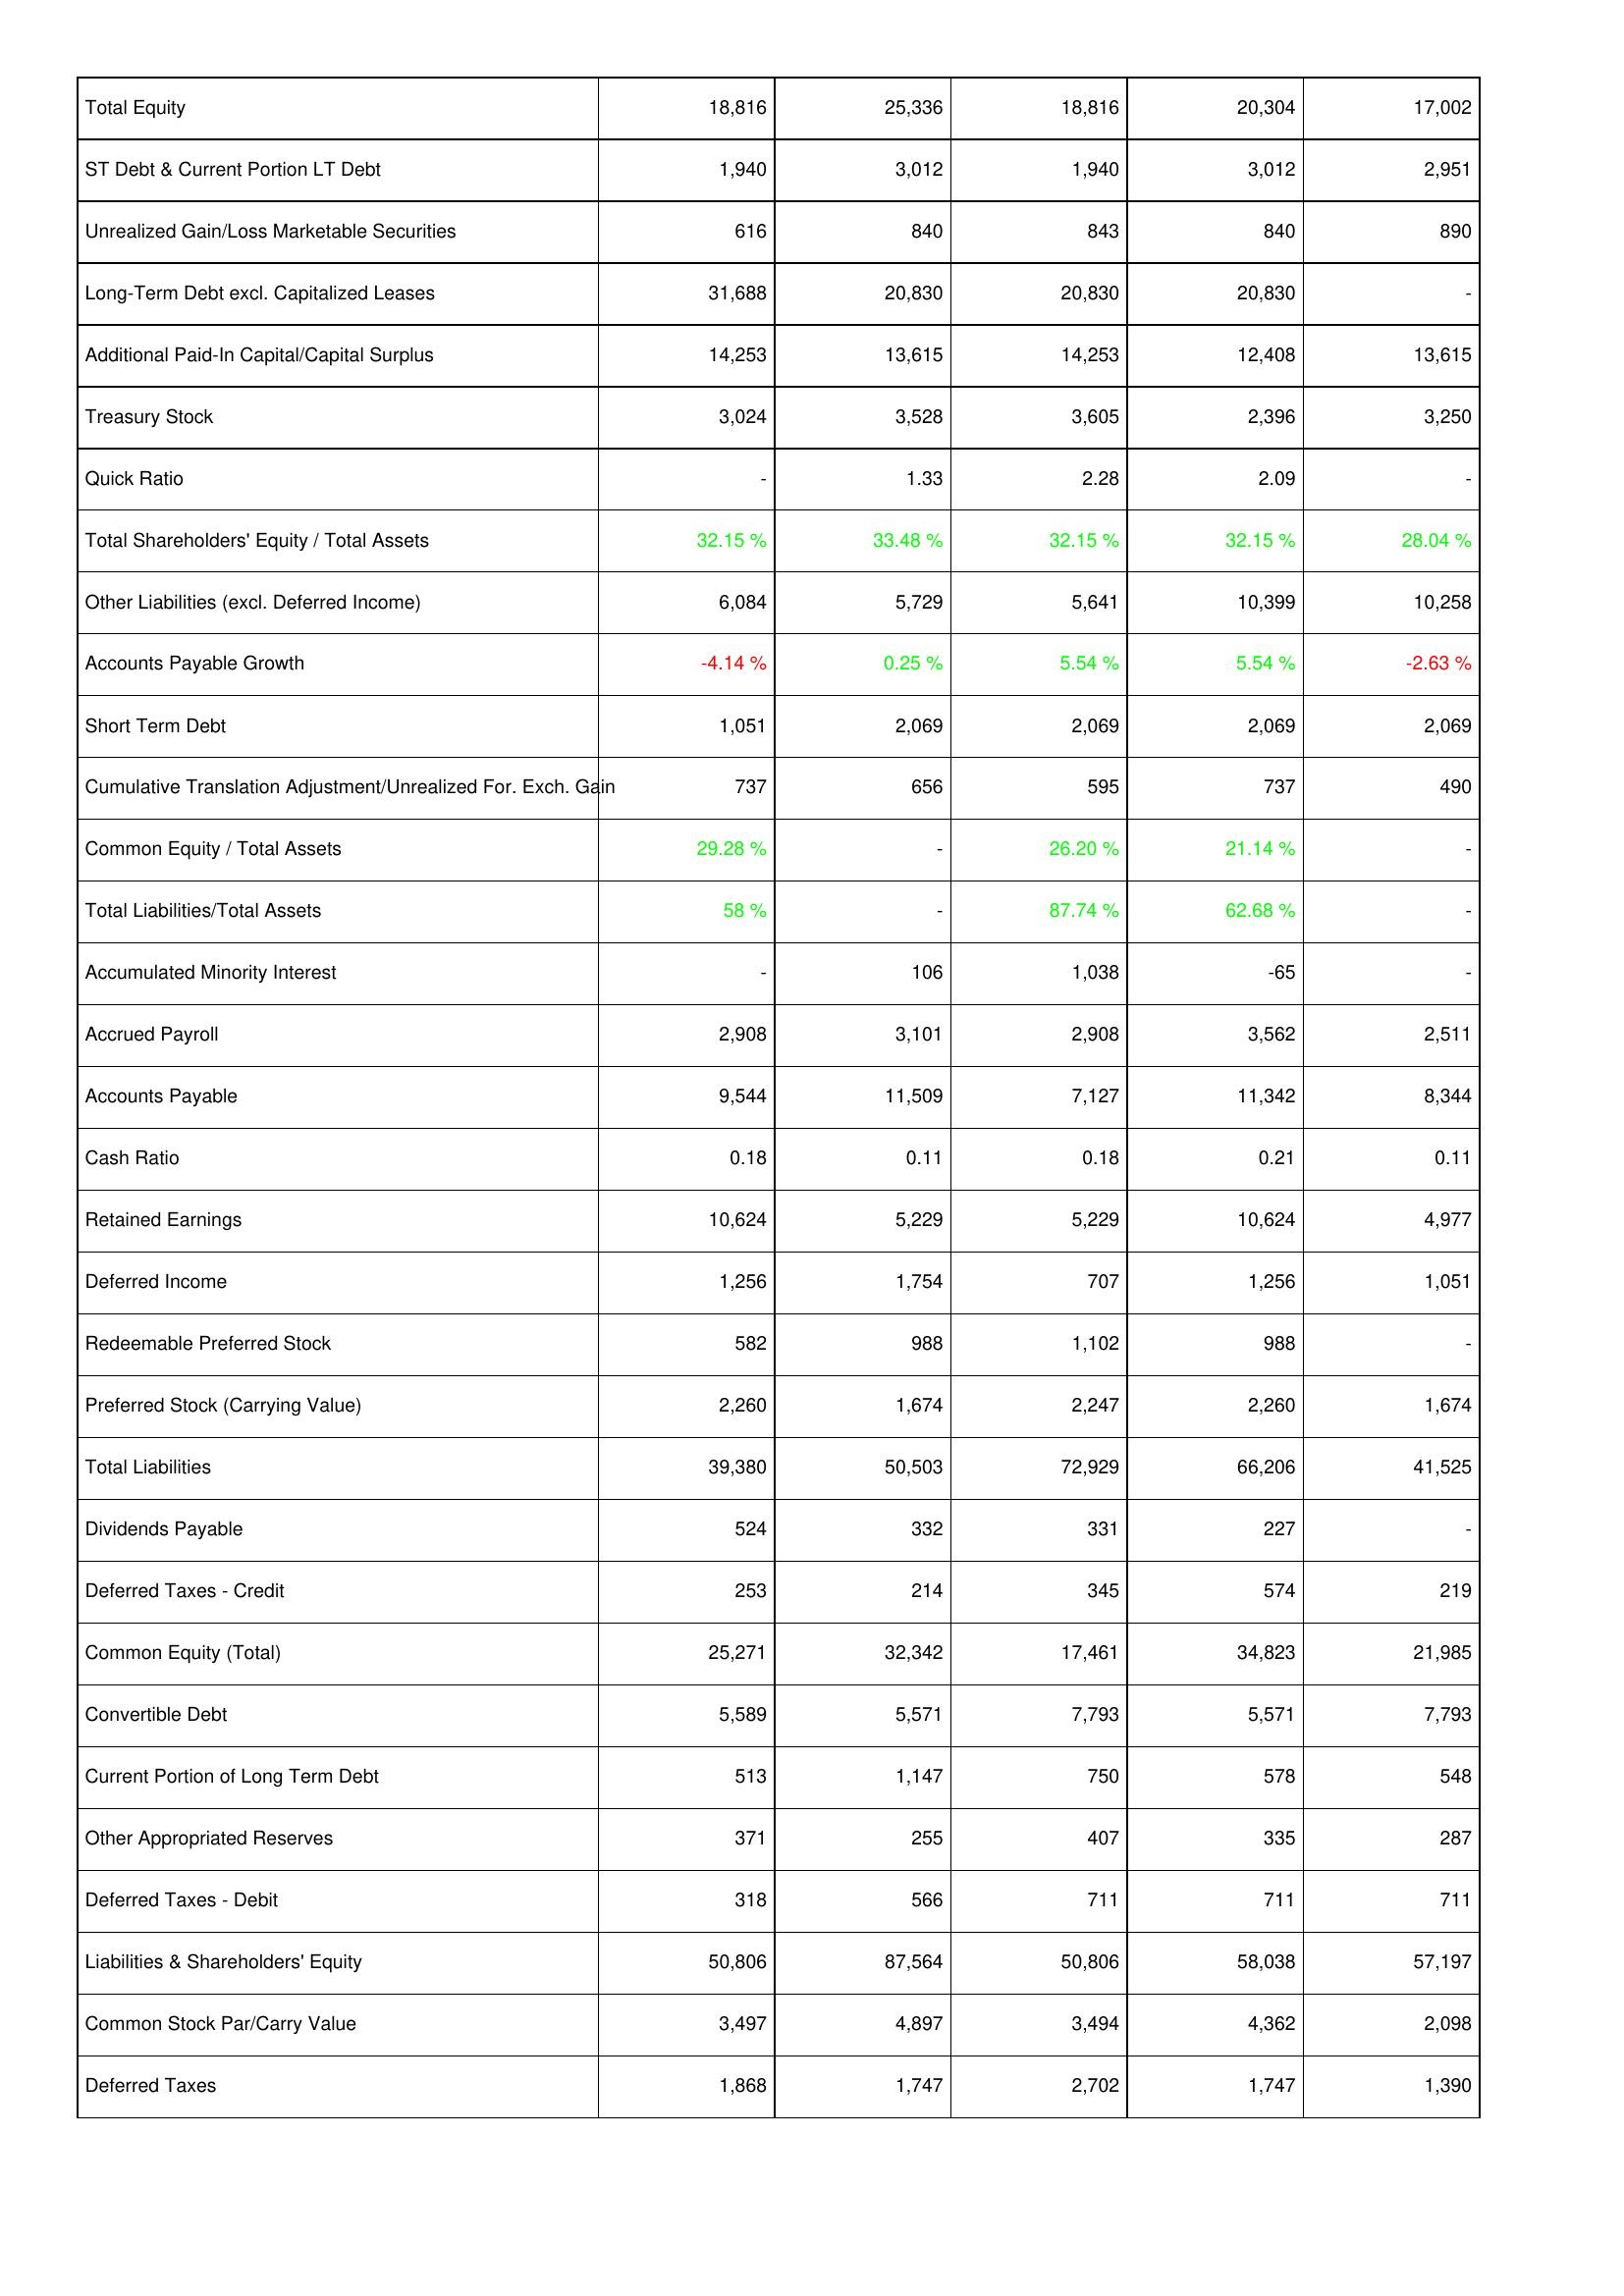
2010: Liabilities & Shareholders' Equity: Total Equity: 18,816
ST Debt & Current Portion LT Debt: 1,940
Unrealized Gain/Loss Marketable Securities: 616
Long-Term Debt excl. Capitalized Leases: 31,688
Additional Paid-In Capital/Capital Surplus: 14,253
Treasury Stock: 3,024
Quick Ratio: -
Total Shareholders' Equity / Total Assets: 32.15 %
Other Liabilities (excl. Deferred Income): 6,084
Accounts Payable Growth: -4.14 %
Short Term Debt: 1,051
Cumulative Translation Adjustment/Unrealized For. Exch. Gain: 737
Common Equity / Total Assets: 29.28 %
Total Liabilities/Total Assets: 58 %
Accumulated Minority Interest: -
Accrued Payroll: 2,908
Accounts Payable: 9,544
Cash Ratio: 0.18
Retained Earnings: 10,624
Deferred Income: 1,256
Redeemable Preferred Stock: 582
Preferred Stock (Carrying Value): 2,260
Total Liabilities: 39,380
Dividends Payable: 524
Deferred Taxes - Credit: 253
Common Equity (Total): 25,271
Convertible Debt: 5,589
Current Portion of Long Term Debt: 513
Other Appropriated Reserves: 371
Deferred Taxes - Debit: 318
Liabilities & Shareholders' Equity: 50,806
Common Stock Par/Carry Value: 3,497
Deferred Taxes: 1,868
2011: Liabilities & Shareholders' Equity: Total Equity: 25,336
ST Debt & Current Portion LT Debt: 3,012
Unrealized Gain/Loss Marketable Securities: 840
Long-Term Debt excl. Capitalized Leases: 20,830
Additional Paid-In Capital/Capital Surplus: 13,615
Treasury Stock: 3,528
Quick Ratio: 1.33
Total Shareholders' Equity / Total Assets: 33.48 %
Other Liabilities (excl. Deferred Income): 5,729
Accounts Payable Growth: 0.25 %
Short Term Debt: 2,069
Cumulative Translation Adjustment/Unrealized For. Exch. Gain: 656
Common Equity / Total Assets: -
Total Liabilities/Total Assets: -
Accumulated Minority Interest: 106
Accrued Payroll: 3,101
Accounts Payable: 11,509
Cash Ratio: 0.11
Retained Earnings: 5,229
Deferred Income: 1,754
Redeemable Preferred Stock: 988
Preferred Stock (Carrying Value): 1,674
Total Liabilities: 50,503
Dividends Payable: 332
Deferred Taxes - Credit: 214
Common Equity (Total): 32,342
Convertible Debt: 5,571
Current Portion of Long Term Debt: 1,147
Other Appropriated Reserves: 255
Deferred Taxes - Debit: 566
Liabilities & Shareholders' Equity: 87,564
Common Stock Par/Carry Value: 4,897
Deferred Taxes: 1,747
2012: Liabilities & Shareholders' Equity: Total Equity: 18,816
ST Debt & Current Portion LT Debt: 1,940
Unrealized Gain/Loss Marketable Securities: 843
Long-Term Debt excl. Capitalized Leases: 20,830
Additional Paid-In Capital/Capital Surplus: 14,253
Treasury Stock: 3,605
Quick Ratio: 2.28
Total Shareholders' Equity / Total Assets: 32.15 %
Other Liabilities (excl. Deferred Income): 5,641
Accounts Payable Growth: 5.54 %
Short Term Debt: 2,069
Cumulative Translation Adjustment/Unrealized For. Exch. Gain: 595
Common Equity / Total Assets: 26.20 %
Total Liabilities/Total Assets: 87.74 %
Accumulated Minority Interest: 1,038
Accrued Payroll: 2,908
Accounts Payable: 7,127
Cash Ratio: 0.18
Retained Earnings: 5,229
Deferred Income: 707
Redeemable Preferred Stock: 1,102
Preferred Stock (Carrying Value): 2,247
Total Liabilities: 72,929
Dividends Payable: 331
Deferred Taxes - Credit: 345
Common Equity (Total): 17,461
Convertible Debt: 7,793
Current Portion of Long Term Debt: 750
Other Appropriated Reserves: 407
Deferred Taxes - Debit: 711
Liabilities & Shareholders' Equity: 50,806
Common Stock Par/Carry Value: 3,494
Deferred Taxes: 2,702
2013: Liabilities & Shareholders' Equity: Total Equity: 20,304
ST Debt & Current Portion LT Debt: 3,012
Unrealized Gain/Loss Marketable Securities: 840
Long-Term Debt excl. Capitalized Leases: 20,830
Additional Paid-In Capital/Capital Surplus: 12,408
Treasury Stock: 2,396
Quick Ratio: 2.09
Total Shareholders' Equity / Total Assets: 32.15 %
Other Liabilities (excl. Deferred Income): 10,399
Accounts Payable Growth: 5.54 %
Short Term Debt: 2,069
Cumulative Translation Adjustment/Unrealized For. Exch. Gain: 737
Common Equity / Total Assets: 21.14 %
Total Liabilities/Total Assets: 62.68 %
Accumulated Minority Interest: -65
Accrued Payroll: 3,562
Accounts Payable: 11,342
Cash Ratio: 0.21
Retained Earnings: 10,624
Deferred Income: 1,256
Redeemable Preferred Stock: 988
Preferred Stock (Carrying Value): 2,260
Total Liabilities: 66,206
Dividends Payable: 227
Deferred Taxes - Credit: 574
Common Equity (Total): 34,823
Convertible Debt: 5,571
Current Portion of Long Term Debt: 578
Other Appropriated Reserves: 335
Deferred Taxes - Debit: 711
Liabilities & Shareholders' Equity: 58,038
Common Stock Par/Carry Value: 4,362
Deferred Taxes: 1,747
2014: Liabilities & Shareholders' Equity: Total Equity: 17,002
ST Debt & Current Portion LT Debt: 2,951
Unrealized Gain/Loss Marketable Securities: 890
Long-Term Debt excl. Capitalized Leases: -
Additional Paid-In Capital/Capital Surplus: 13,615
Treasury Stock: 3,250
Quick Ratio: -
Total Shareholders' Equity / Total Assets: 28.04 %
Other Liabilities (excl. Deferred Income): 10,258
Accounts Payable Growth: -2.63 %
Short Term Debt: 2,069
Cumulative Translation Adjustment/Unrealized For. Exch. Gain: 490
Common Equity / Total Assets: -
Total Liabilities/Total Assets: -
Accumulated Minority Interest: -
Accrued Payroll: 2,511
Accounts Payable: 8,344
Cash Ratio: 0.11
Retained Earnings: 4,977
Deferred Income: 1,051
Redeemable Preferred Stock: -
Preferred Stock (Carrying Value): 1,674
Total Liabilities: 41,525
Dividends Payable: -
Deferred Taxes - Credit: 219
Common Equity (Total): 21,985
Convertible Debt: 7,793
Current Portion of Long Term Debt: 548
Other Appropriated Reserves: 287
Deferred Taxes - Debit: 711
Liabilities & Shareholders' Equity: 57,197
Common Stock Par/Carry Value: 2,098
Deferred Taxes: 1,390